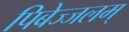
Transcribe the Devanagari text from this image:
पिबेज्जलम्